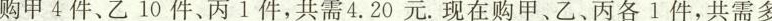
购甲4件、乙10件、丙1件，共需4.20元。现在购甲。乙、丙各1件，共需多